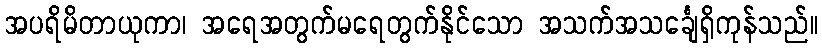
အပရိမိတာယုကာ၊ အရေအတွက်မရေတွက်နိုင်သော အသက်အသင်္ချေရှိကုန်သည်။